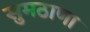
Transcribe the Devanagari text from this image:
सुमठाणा